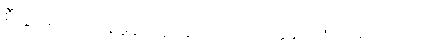
စီးပွားရှာပုံကို နမူနာယူရန် ဂါထာ။သုတ္တနိပါတပါဠိအဋ္ဌကထာ